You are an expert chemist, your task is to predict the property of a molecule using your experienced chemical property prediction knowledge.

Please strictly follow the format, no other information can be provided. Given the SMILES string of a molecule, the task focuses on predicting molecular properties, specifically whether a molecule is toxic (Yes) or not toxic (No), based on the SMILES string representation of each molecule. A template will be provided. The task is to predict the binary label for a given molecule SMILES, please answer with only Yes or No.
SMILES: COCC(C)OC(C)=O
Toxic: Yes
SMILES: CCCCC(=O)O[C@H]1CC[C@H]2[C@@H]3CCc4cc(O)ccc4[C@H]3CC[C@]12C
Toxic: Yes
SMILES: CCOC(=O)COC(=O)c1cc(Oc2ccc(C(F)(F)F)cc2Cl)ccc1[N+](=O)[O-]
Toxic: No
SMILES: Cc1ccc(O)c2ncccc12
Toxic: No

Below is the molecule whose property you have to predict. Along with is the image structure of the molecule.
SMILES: CC(=O)C(Cl)(Cl)Cl
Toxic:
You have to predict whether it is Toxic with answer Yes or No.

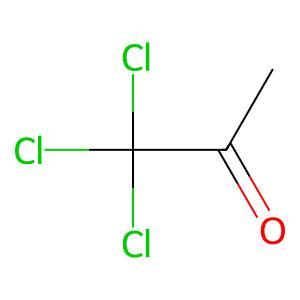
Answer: No